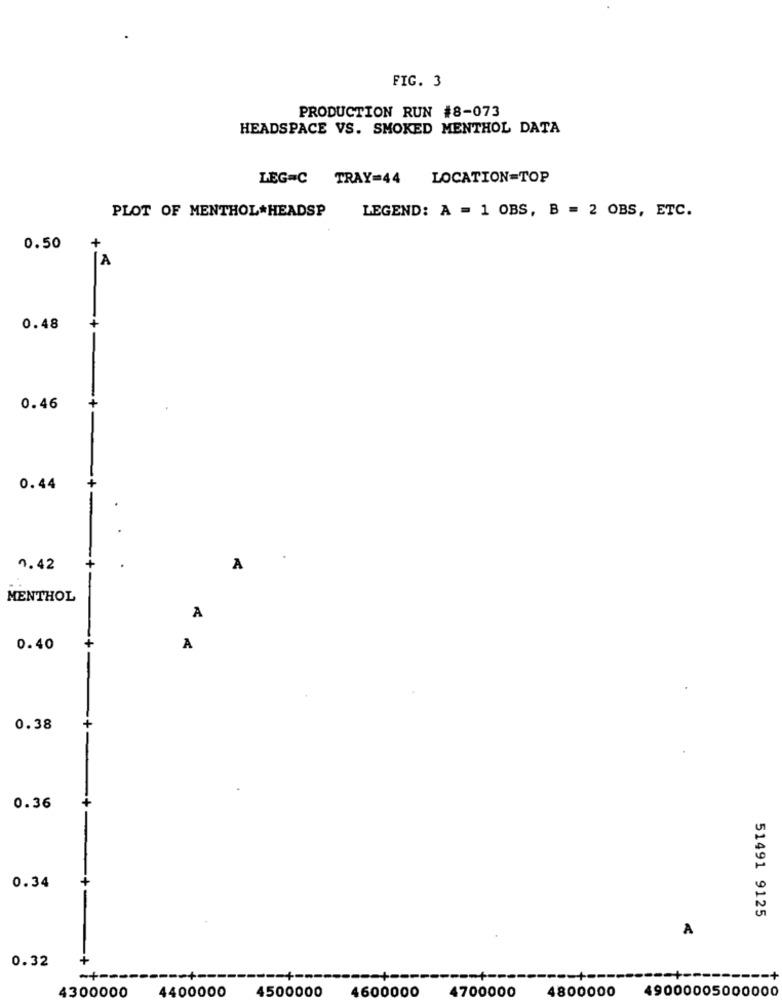
FIG. 3
PRODUCTION RUN #8-073
HEADSPACE VS. SMOKED MENTHOL DATA
LEG=C TRAY=44 LOCATION=TOP
PLOT OF MENTHOL*HEADSP
LEGEND: A = 1 OBS, B = 2 OBS, ETC.
0.50
+
LA
0.48
0.46
+
0.44
1.42
+
A
MENTHOL
A
+
0.40
A
0.38
+
0.36
0.34
51491 9125
A
0.32
4300000
4400000
4500000
4600000
4700000
4800000
49000005000000